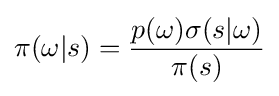
\pi (\omega |s)={\frac {p(\omega )\sigma (s|\omega )}{\pi (s)}}